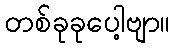
တစ်ခုခုပေါ့ဗျာ။